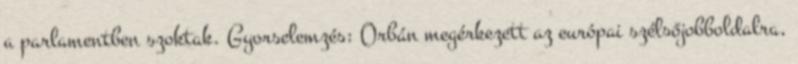
a parlamentben szoktak. Gyorselemzés: Orbán megérkezett az európai szélsőjobboldalra,